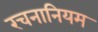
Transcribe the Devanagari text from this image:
रचनानियम